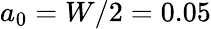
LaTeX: a_{0}={W}/{2}=0.05